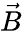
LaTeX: \vec{B}